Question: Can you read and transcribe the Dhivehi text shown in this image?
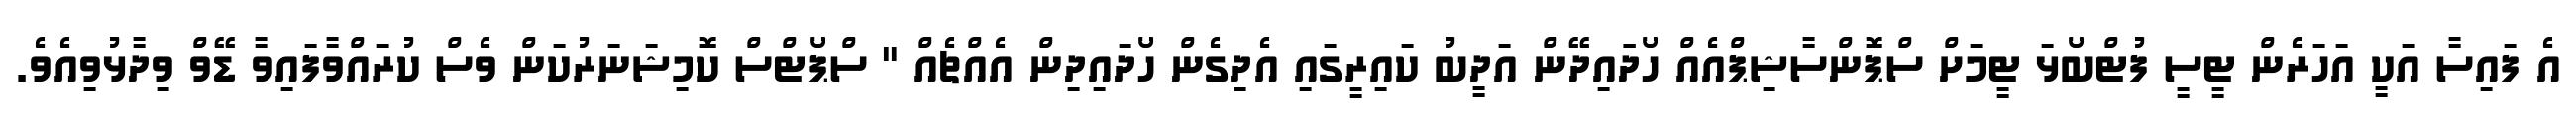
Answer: އެ ފައިސާ އަކީ އަހަރެން ޓީސީ ފުޓްބޯޅަ ޓީމަށް ސްޕޮންސާޝިޕްއެއް ހޯދަައިދޭން އަދީބު ކައިރީގައި އެދިގެން ހޯދައިދިން އެއްޗެއް " ސްޕޯޓްސް ކޮމިޝަނަރުކަން ވެސް ކުރައްވާފައިވާ ޑޭވް ވިދާޅުވިއެވެ.